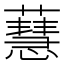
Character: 𧁜